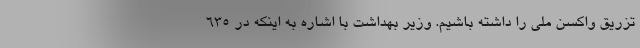
تزریق واکسن ملی را داشته باشیم. وزیر بهداشت با اشاره به اینکه در ۶۳۵